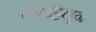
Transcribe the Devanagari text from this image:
क्षेमट्टिलुन